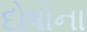
દોષોના